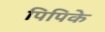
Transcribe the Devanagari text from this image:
पिपिके